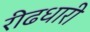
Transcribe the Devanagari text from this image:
रीढधारी